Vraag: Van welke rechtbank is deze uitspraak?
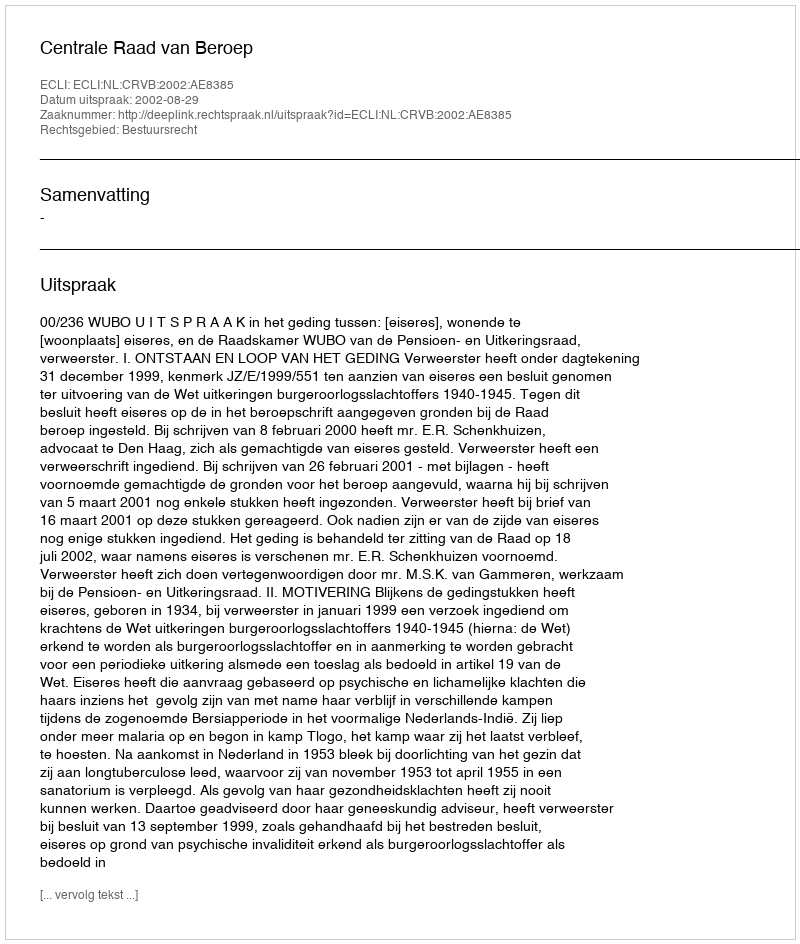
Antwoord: Centrale Raad van Beroep